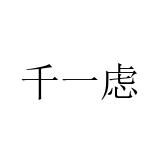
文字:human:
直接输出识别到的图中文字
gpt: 千一虑